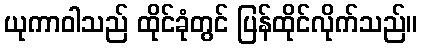
ယုကာဝါသည် ထိုင်ခုံတွင် ပြန်ထိုင်လိုက်သည်။